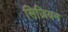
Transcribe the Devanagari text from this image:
सिज़ियन